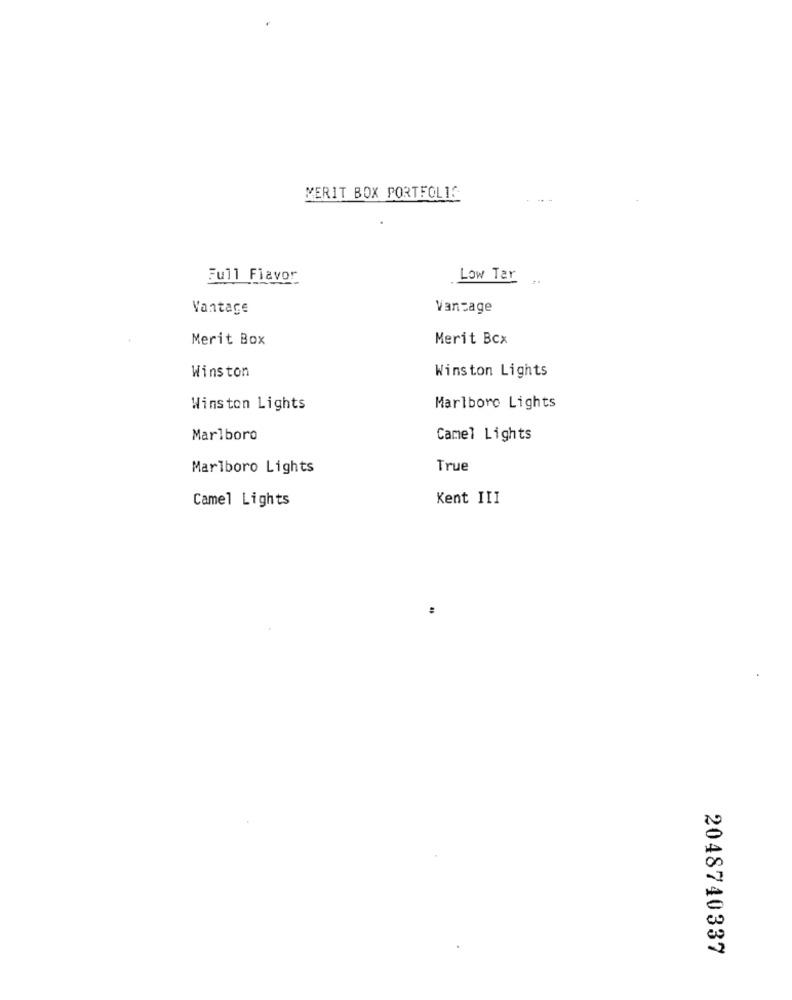
MERIT BOX PORTFOLIS
Full Flavor
Low Tar
Vantage
Vantage
Merit Box
Merit Bcx
Winston Lights
Winston
Winston Lights
Marlboro Lights
Marlboro
Camel Lights
Marlboro Lights
True
Camel Lights
Kent III
2048740337